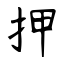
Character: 押